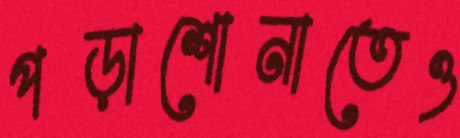
পড়াশোনাতেও